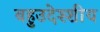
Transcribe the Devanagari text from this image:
बहुउदेश्शीय